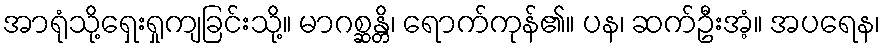
အာရုံသို့ရှေးရှုကျခြင်းသို့။ မာဂစ္ဆန္တိ၊ ရောက်ကုန်၏။ ပန၊ ဆက်ဦးအံ့။ အပရေန၊